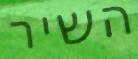
השיר